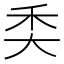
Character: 𥝚